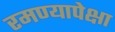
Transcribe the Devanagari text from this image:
रमण्यापेक्षा